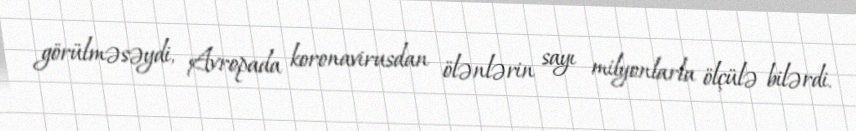
görülməsəydi, Avropada koronavirusdan ölənlərin sayı milyonlarla ölçülə bilərdi.